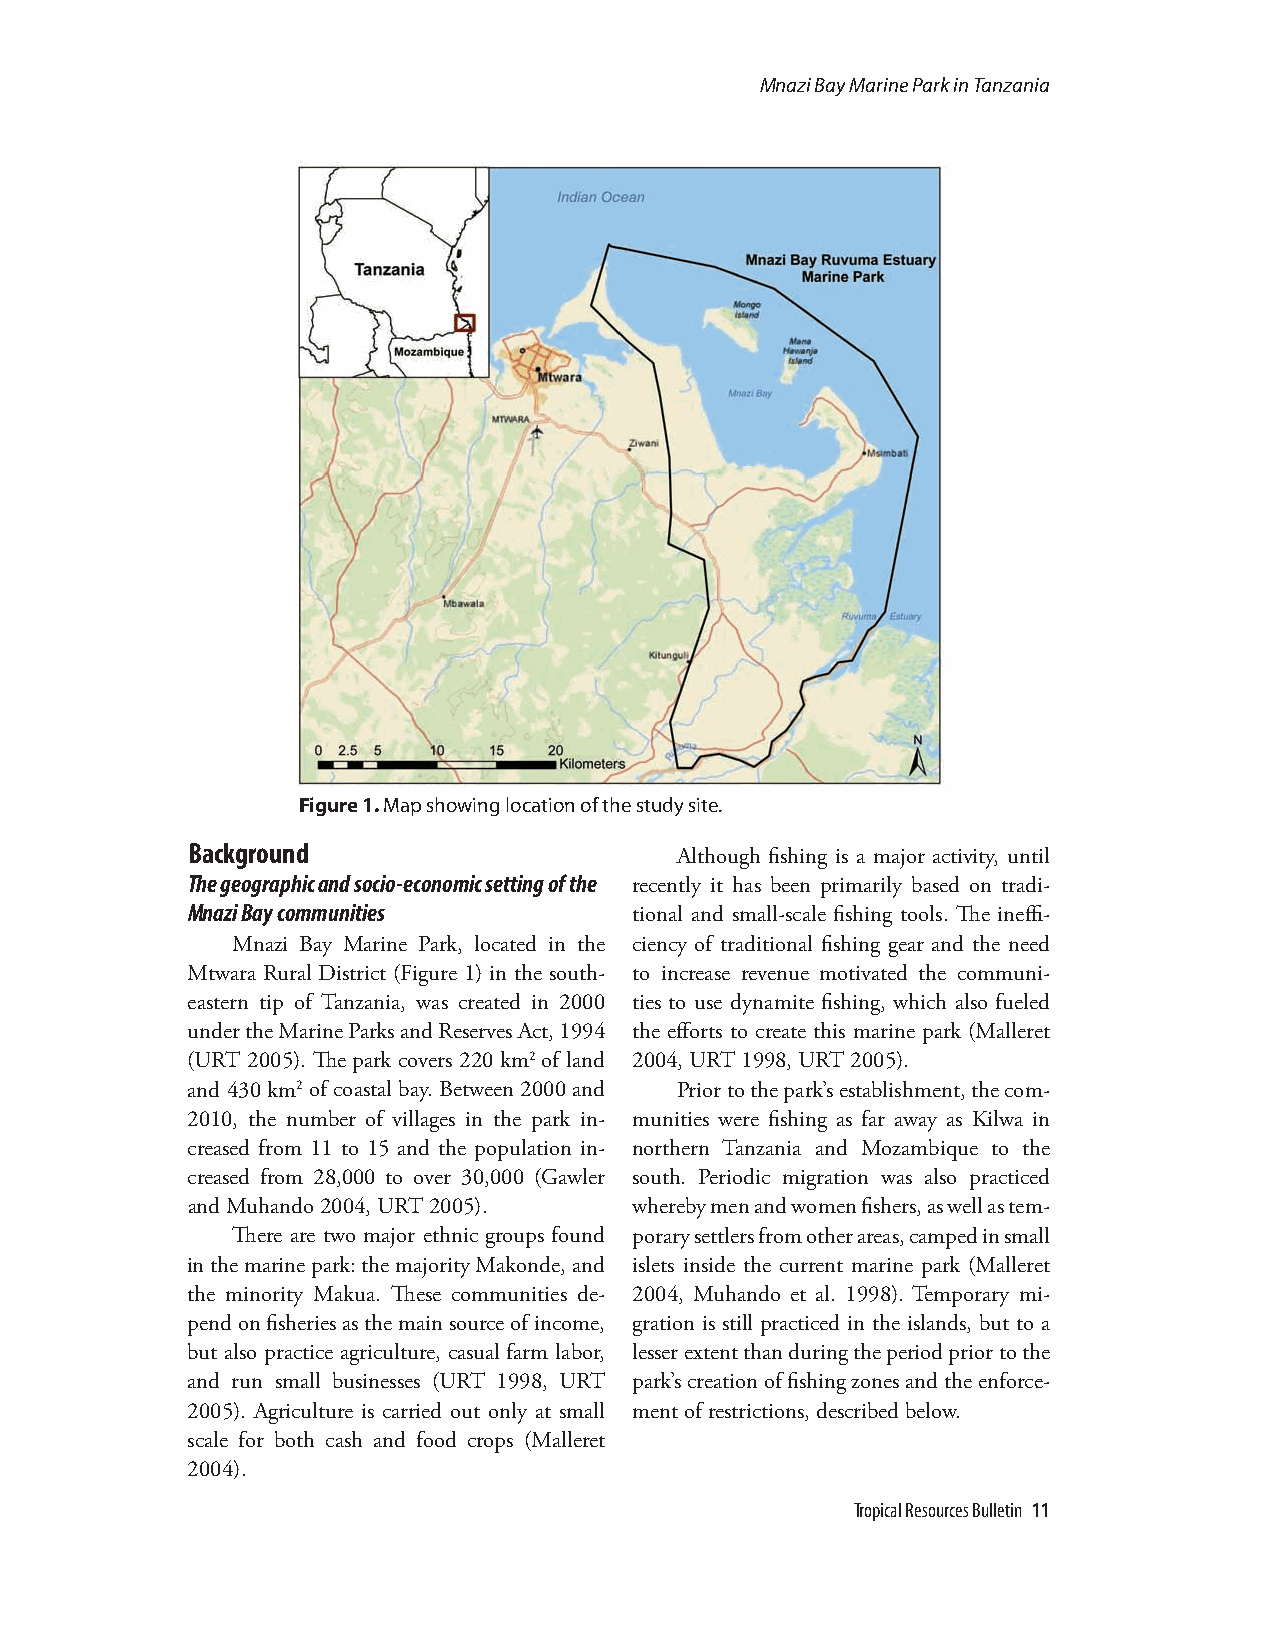
Mnazi Bay Marine Park in Tanzania
 Figure 1. Map showing location of the study site.
 Background
 Although fishing is a major activity, until
 The geographic and socio-economic setting of the recently it has been primarily based on tradi-
 Mnazi Bay communities         tional and small-scale fishing tools. The ineffi-
 Mnazi Bay Marine Park, located in the ciency of traditional fishing gear and the need
 Mtwara Rural District (Figure 1) in the south- to increase revenue motivated the communi-
 eastern tip of Tanzania, was created in 2000 ties to use dynamite fishing, which also fueled
 under the Marine Parks and Reserves Act, 1994 the efforts to create this marine park (Malleret
 (URT 2005). The park covers 220 km2 of land 2004, URT 1998, URT 2005).
 and 430 km2 of coastal bay. Between 2000 and Prior to the park’s establishment, the com-
 2010, the number of villages in the park in- munities were fishing as far away as Kilwa in
 creased from 11 to 15 and the population in- northern Tanzania and Mozambique to the
 creased from 28,000 to over 30,000 (Gawler south. Periodic migration was also practiced
 and Muhando 2004, URT 2005).  whereby men and women fishers, as well as tem-
 There are two major ethnic groups found porary settlers from other areas, camped in small
 in the marine park: the majority Makonde, and islets inside the current marine park (Malleret
 the minority Makua. These communities de- 2004, Muhando et al. 1998). Temporary mi-
 pend on fisheries as the main source of income, gration is still practiced in the islands, but to a
 but also practice agriculture, casual farm labor, lesser extent than during the period prior to the
 and run small businesses (URT 1998, URT park’s creation of fishing zones and the enforce-
 2005). Agriculture is carried out only at small ment of restrictions, described below.
 scale for both cash and food crops (Malleret
 2004).
 Tropical Resources Bulletin 11